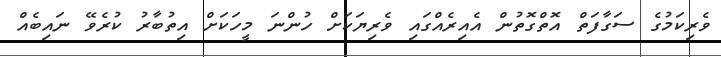
ވެރިކަމުގެ ސަގާފަތް އޮތްގޮތުން އެއިރެއްގައި ވެރިޔަކަށް ހުންނަ މީހަކަށް އިތުބާރު ކުރެވޭ ނައިބެއް